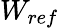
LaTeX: W_{ref}